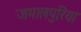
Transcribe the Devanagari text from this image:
जमालपुरिया